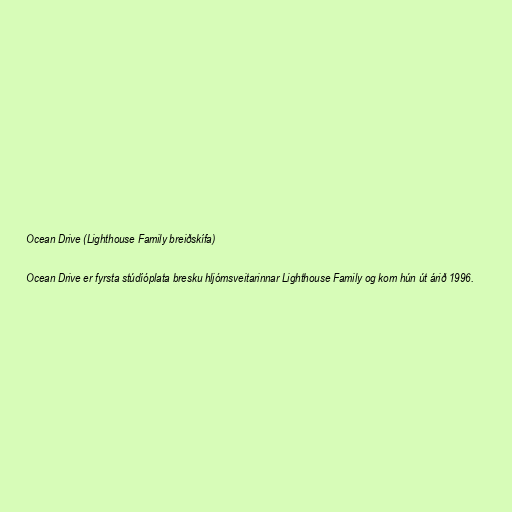
Ocean Drive (Lighthouse Family breiðskífa)

Ocean Drive er fyrsta stúdíóplata bresku hljómsveitarinnar Lighthouse Family og kom hún út árið 1996.